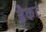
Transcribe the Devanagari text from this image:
हैकर्ट